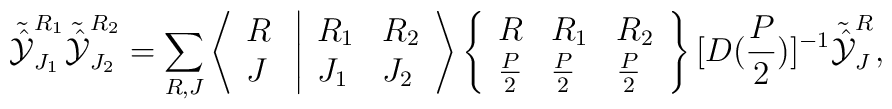
{\tilde {\hat {\cal Y}}}_{J_1}^{R_1} {\tilde {\hat {\cal Y}}}_{J_2}^{R_2} = \sum_{R, J} \left \langle \begin{array}{l}R \\J \end{array} \right. \left | \begin{array}{ll}R_1 & R_2 \\J_1 & J_2 \end{array} \right \rangle \left \{ \begin{array}{lll}R & R_1 & R_2 \\\frac{P}{2} & \frac{P}{2} & \frac{P}{2} \end{array} \right \}[D(\frac{P}{2})]^{-1} {\tilde {\hat{\cal Y}}}_J^R,